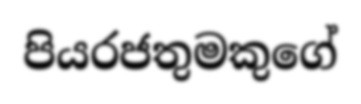
පියරජතුමකුගේ